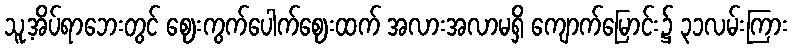
သူ့အိပ်ရာဘေးတွင် ဈေးကွက်ပေါက်ဈေးထက် အလားအလာမရှိ ကျောက်မြောင်း၌ ၃၁လမ်းကြား